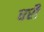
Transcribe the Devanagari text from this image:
धरौ